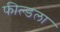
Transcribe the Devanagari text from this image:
फील्डला